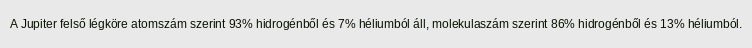
A Jupiter felső légköre atomszám szerint 93% hidrogénből és 7% héliumból áll, molekulaszám szerint 86% hidrogénből és 13% héliumból.